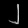
Digit: ၂